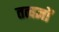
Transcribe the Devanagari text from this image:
तत्वज्ञों